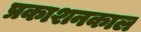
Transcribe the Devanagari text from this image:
प्रकाशनकाल